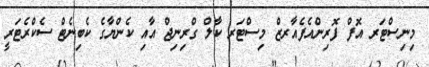
މިނިސްޓަރ އޮފް ފޮރިންއެފެއާރޒް މިސްޓަރ ކާލް ގްރިނިޖް އާއި ކެންޔާގެ ކެބިނެޓް ސެކްރެޓަރީ